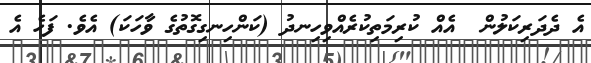
އެ ދެދަރިކަލުން  އެއް ކުރިމަތިކުރެއްވިހިނދު (ކަންހިނގިގޮތުގެ ވާހަކަ) އެވެ. ފަހެ އެ